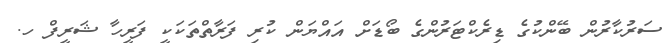
ސަރުކާރުން ބޭންކުގެ ޑިރެކްޓަރުންގެ ބޯޑަށް އައްޔަން ކުރި ފަރާތްތަކަކީ ފަރީހާ ޝަރީފް ހ.